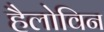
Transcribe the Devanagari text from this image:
हैलोविन